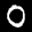
Label: 0